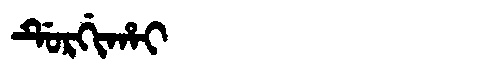
Manchu: ᡩᡠᡵᡤᡳᡥᠠᡳ
Romanization: DURGIHAI